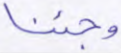
وجئنا